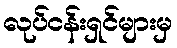
လုပ်ငန်းရှင်များမှ